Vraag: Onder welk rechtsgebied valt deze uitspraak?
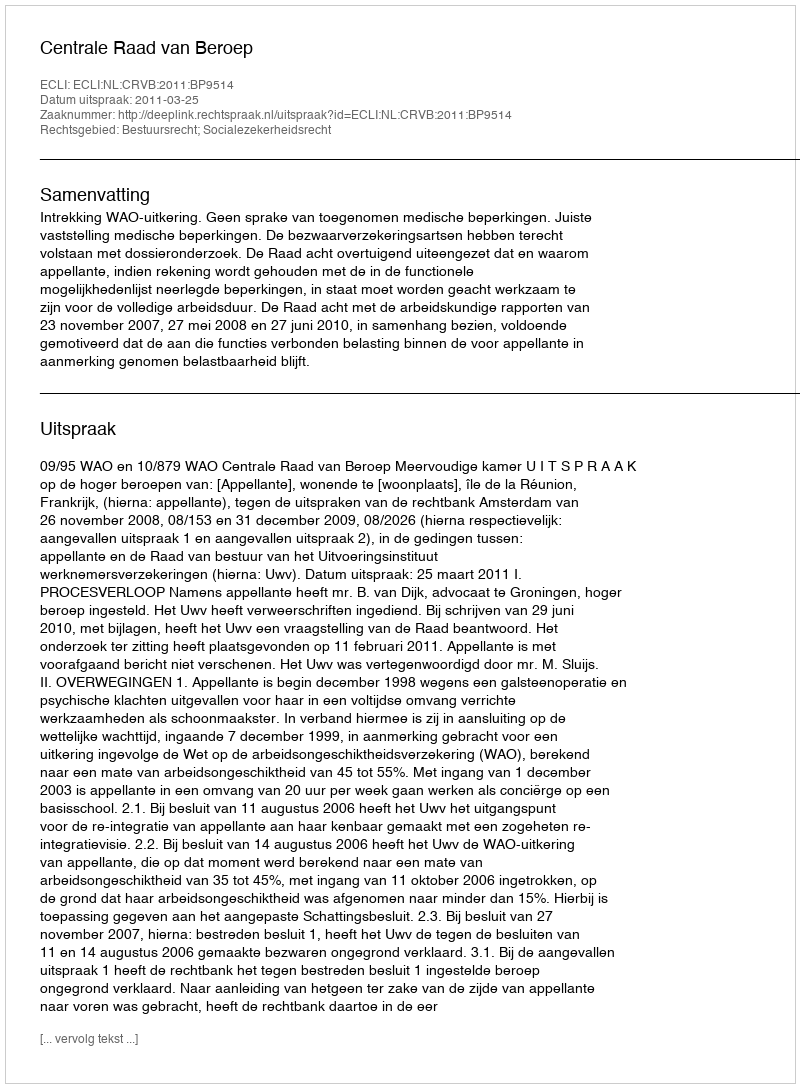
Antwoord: Bestuursrecht; Socialezekerheidsrecht